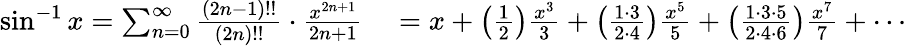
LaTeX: \begin{array}{rl}{\sin^{-1}x=\sum_{n=0}^{\infty}{\frac{(2n-1)!!}{(2n)!!}}\cdot{\frac{x^{2n+1}}{2n+1}}}&{{}=x+\left({\frac{1}{2}}\right){\frac{x^{3}}{3}}+\left({\frac{1\cdot 3}{2\cdot 4}}\right){\frac{x^{5}}{5}}+\left({\frac{1\cdot 3\cdot 5}{2\cdot 4\cdot 6}}\right){\frac{x^{7}}{7}}+\cdots}\end{array}